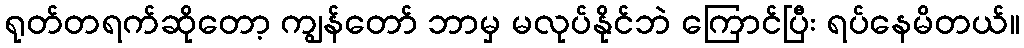
ရုတ်တရက်ဆိုတော့ ကျွန်တော် ဘာမှ မလုပ်နိုင်ဘဲ ကြောင်ပြီး ရပ်နေမိတယ်။